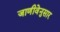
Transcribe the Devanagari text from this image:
जाणीवेनुसार